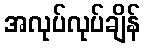
အလုပ်လုပ်ချိန်